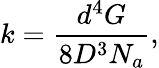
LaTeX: k=\frac{d^{4}G}{8D^{3}N_{a}},